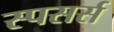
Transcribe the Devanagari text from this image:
स्पसर्स